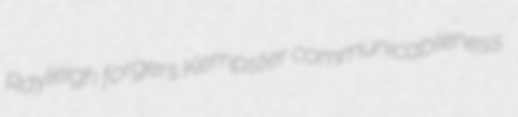
Rayleigh forgers Kempster communicableness